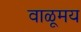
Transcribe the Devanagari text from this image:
वाळूमय